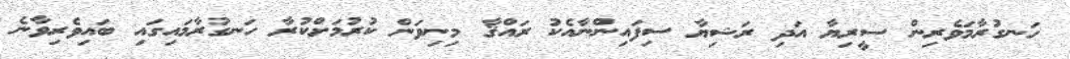
ހަނގުރާމަވެރިން ސީރިޔާ އަދި ރަޝިޔާ ސިފައިންނާއެކު ރައްޤާ މިނިވަން ކުރުމަށްކުރާ ހަނގުރާމައިގައި ބައިވެރިވާނެ